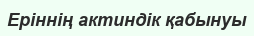
Еріннің актиндік қабынуы